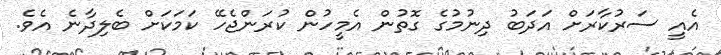
އެއީ ސަރުކާރަށް އަދަބު ދިނުމުގެ ގޮތުން އެމީހުން ކުރަންޖެހޭ ކަމަކަށް ބެލިދާނެ އެވެ.